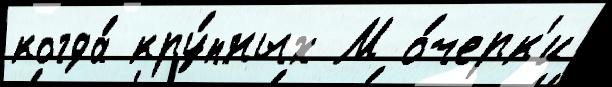
когда́ кру́пных М о́черк'и